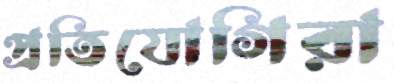
প্রতিযোগিরা